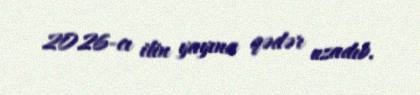
2026-cı ilin yayına qədər uzadıb.